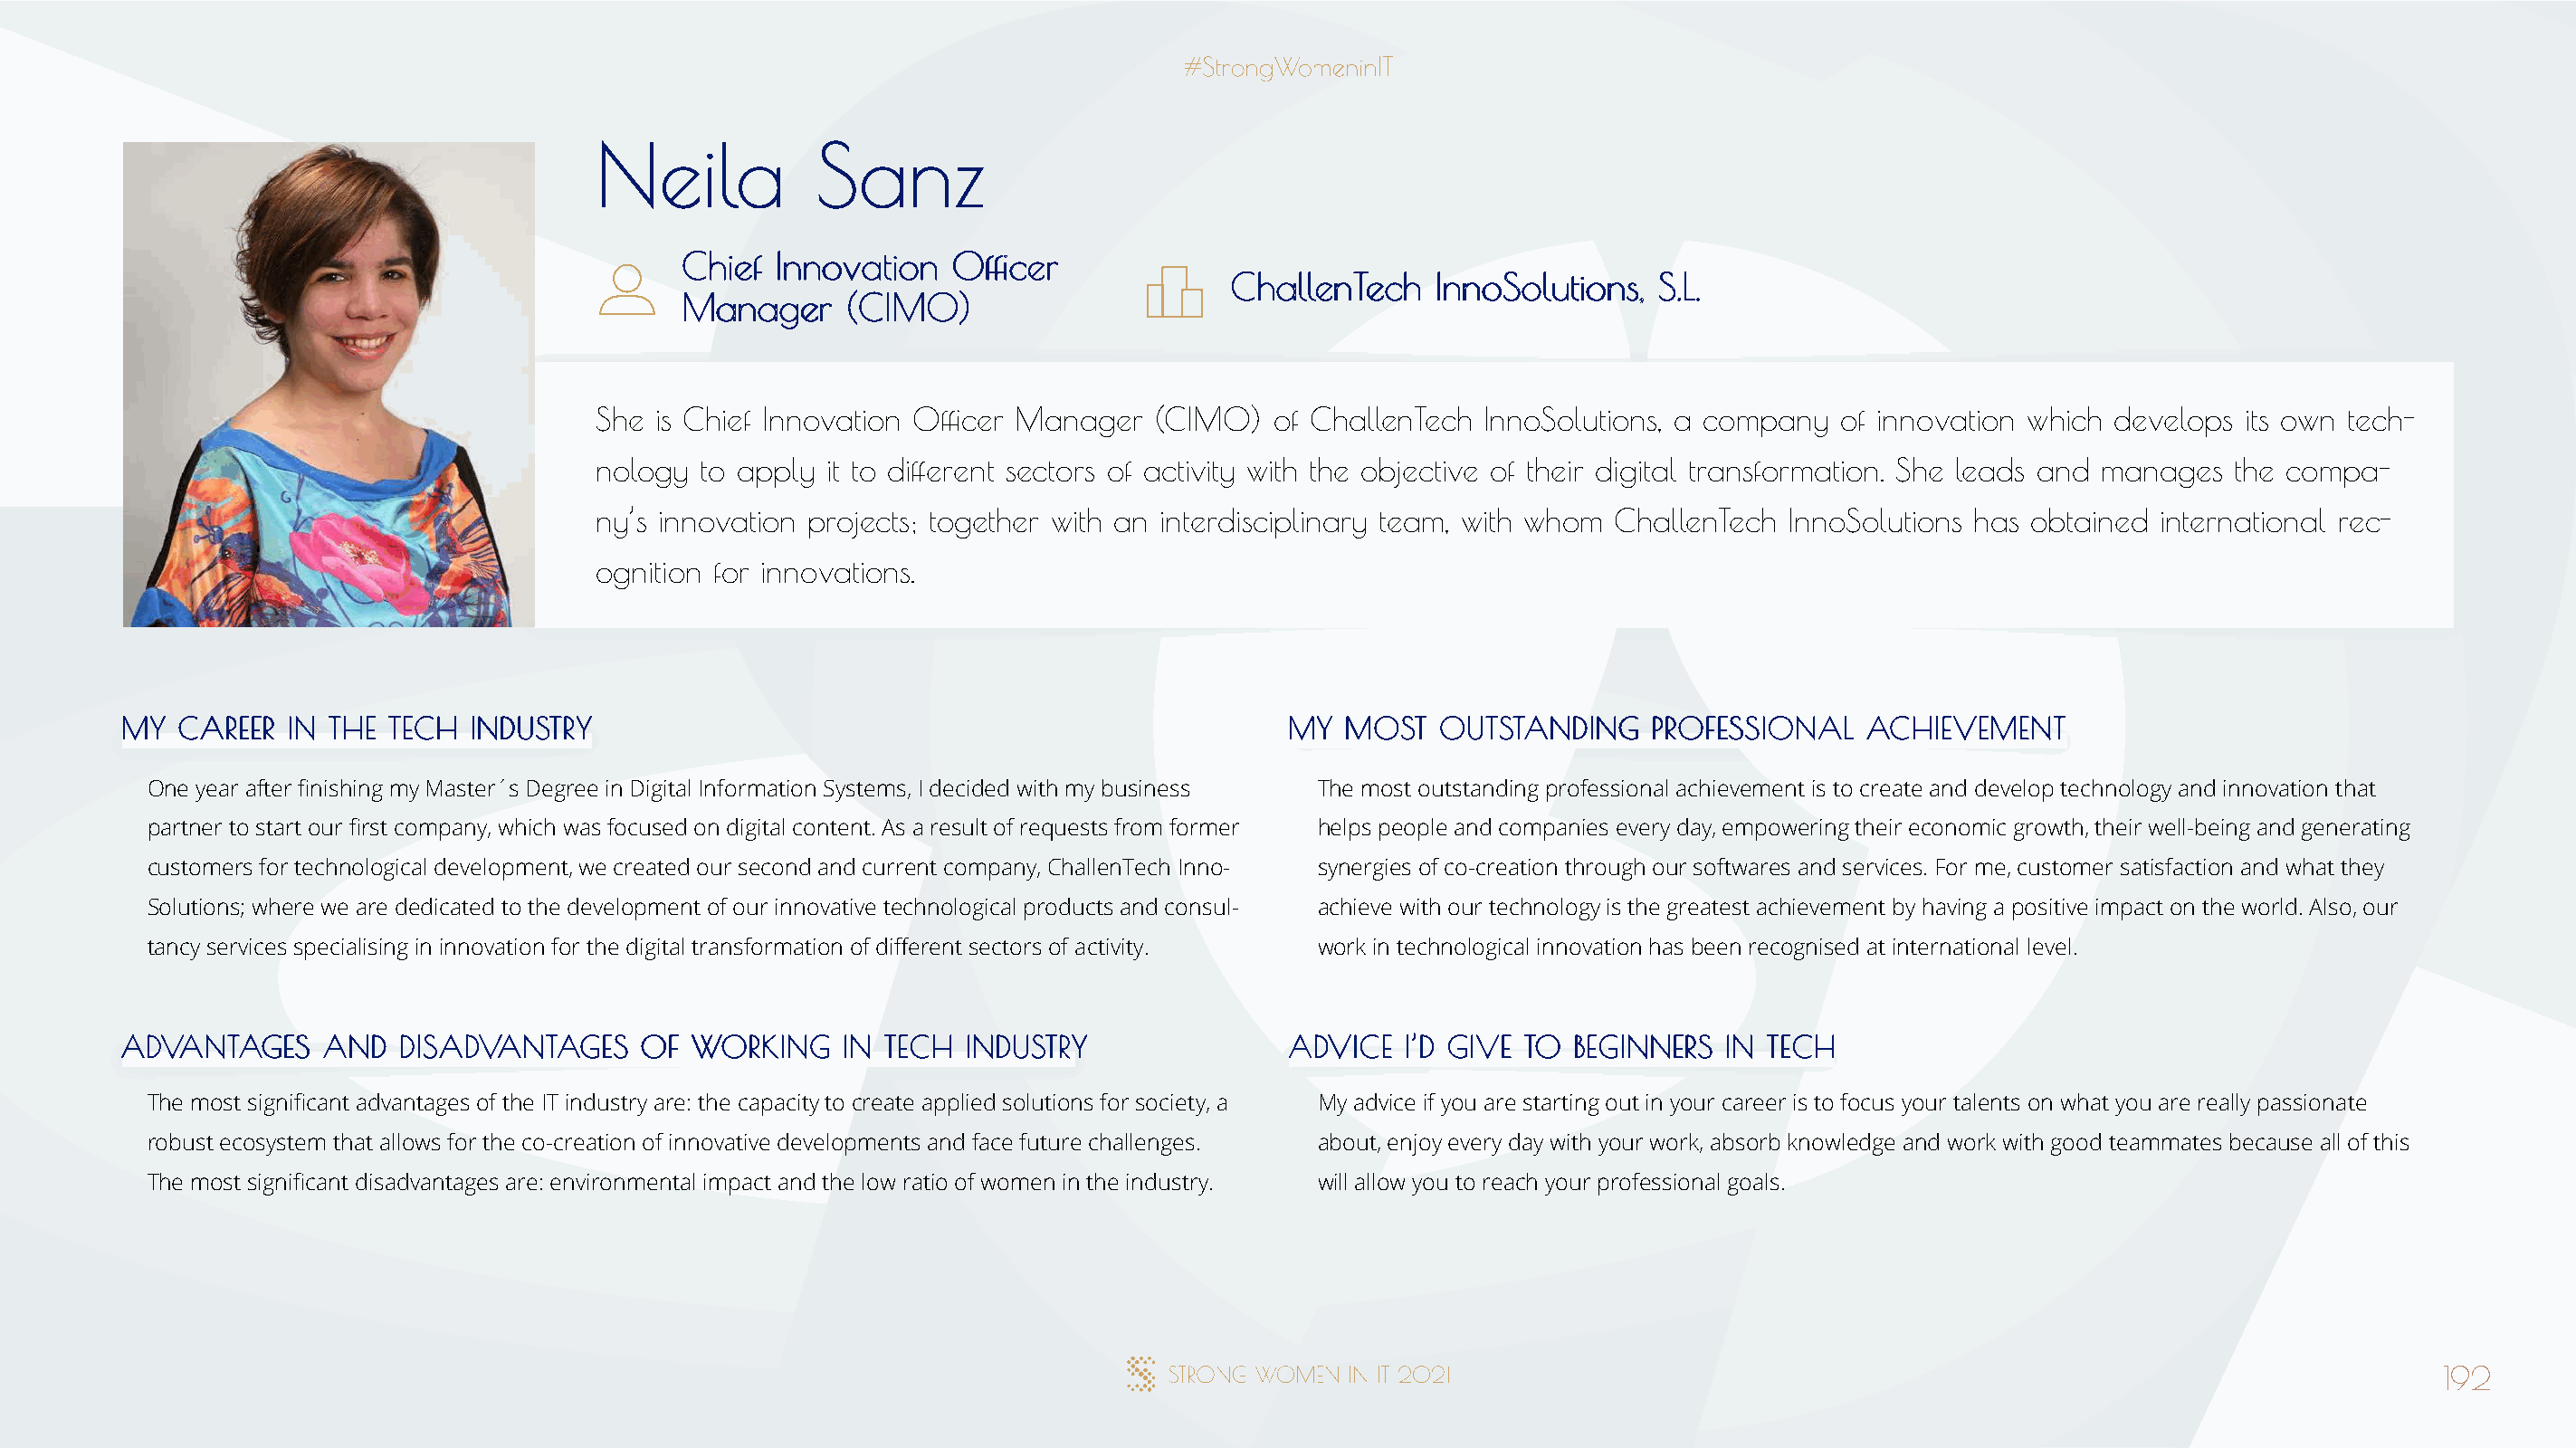
NNeeiillaa      SSaannzz
 CChhiieeff IInnnnoovvaattiioonn OOffifficceerr
 CChhaalllleennTTeecchh IInnnnooSSoolluuttiioonnss,, SS..LL..
 MMaannaaggeerr ((CCIIMMOO))
 She is Chief Innovation Officer Manager (CIMO)   of ChallenTech  InnoSolutions, a company  of innovation which develops its own tech-
 nology to apply it to different sectors of activity with the objective of their digital transformation. She leads and manages the compa-
 ny’s innovation projects; together with an interdisciplinary team, with whom ChallenTech InnoSolutions has obtained international rec-
 ognition for innovations.
 MMYY CCAARREEEERR IINN TTHHEE TTEECCHH IINNDDUUSSTTRRYY                              MMYY MMOOSSTT OOUUTTSSTTAANNDDIINNGG PPRROOFFEESSSSIIOONNAALL AACCHHIIEEVVEEMMEENNTT
 One year after finishing my Master´s Degree in Digital Information Systems, I decided with my business The most outstanding professional achievement is to create and develop technology and innovation that
 partner to start our first company, which was focused on digital content. As a result of requests from former helps people and companies every day, empowering their economic growth, their well-being and generating
 customers for technological development, we created our second and current company, ChallenTech Inno- synergies of co-creation through our softwares and services. For me, customer satisfaction and what they
 Solutions; where we are dedicated to the development of our innovative technological products and consul- achieve with our technology is the greatest achievement by having a positive impact on the world. Also, our
 tancy services specialising in innovation for the digital transformation of different sectors of activity. work in technological innovation has been recognised at international level.
 AADDVVAANNTTAAGGEESS AANNDD DDIISSAADDVVAANNTTAAGGEESS OOFF WWOORRKKIINNGG IINN TTEECCHH IINNDDUUSSTTRRYY AADDVVIICCEE II’’DD GGIIVVEE TTOO BBEEGGIINNNNEERRSS IINN TTEECCHH
 The most significant advantages of the IT industry are: the capacity to create applied solutions for society, a My advice if you are starting out in your career is to focus your talents on what you are really passionate
 robust ecosystem that allows for the co-creation of innovative developments and face future challenges. about, enjoy every day with your work, absorb knowledge and work with good teammates because all of this
 The most significant disadvantages are: environmental impact and the low ratio of women in the industry. will allow you to reach your professional goals.
 192